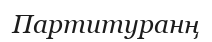
Партитуранң